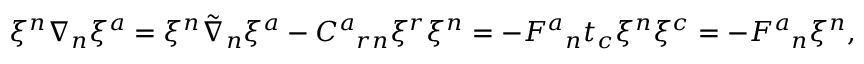
\begin{array} { r } { \xi ^ { n } { \nabla } { } _ { n } \xi ^ { a } = \xi ^ { n } \tilde { \nabla } _ { n } \xi ^ { a } - C ^ { a } { } _ { r n } \xi ^ { r } \xi ^ { n } = - F ^ { a } { } _ { n } t _ { c } \xi ^ { n } \xi ^ { c } = - F ^ { a } { } _ { n } \xi ^ { n } , } \end{array}